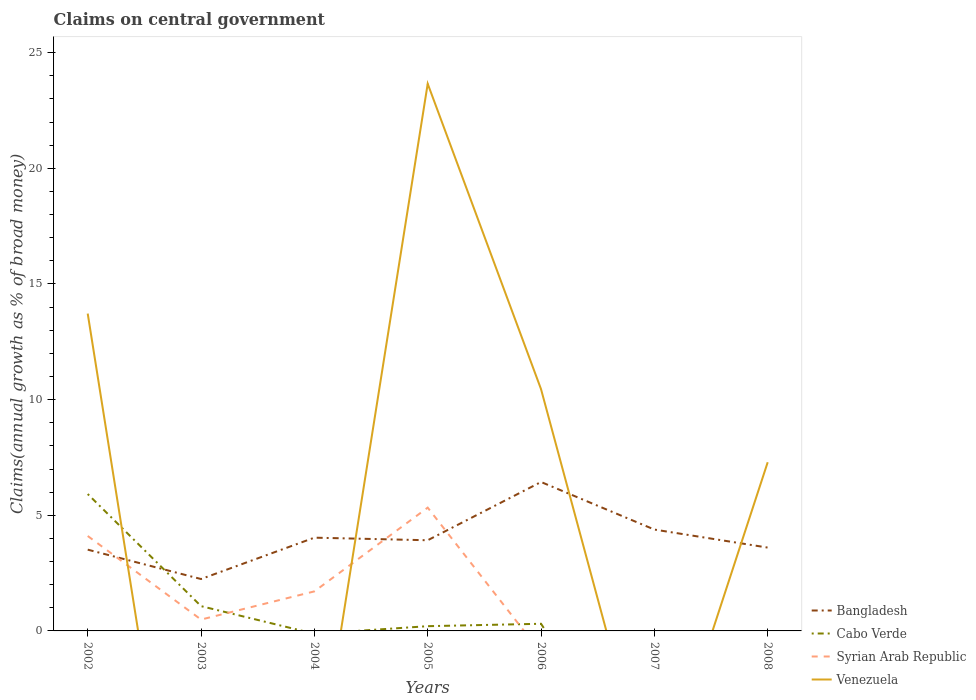
| Years | Bangladesh | Cabo Verde | Syrian Arab Republic | Venezuela |
 | --- | --- | --- | --- | --- |
 | 2002 | 3.51 | 5.92 | 4.1 | 13.7 |
 | 2003 | 2.24 | 1.07 | 0.491 | -17.1 |
 | 2004 | 4.03 | -0.123 | 1.71 | -7.23 |
 | 2005 | 3.92 | 0.205 | 5.33 | 23.7 |
 | 2006 | 6.44 | 0.309 | -0.942 | 10.5 |
 | 2007 | 4.38 | -7.24 | -0.163 | -7.68 |
 | 2008 | 3.6 | -1.93 | -3.86 | 7.29 |